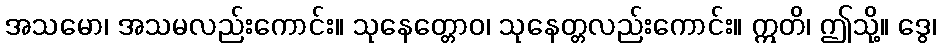
အသမော၊ အသမလည်းကောင်း။ သုနေတ္တောဝ၊ သုနေတ္တလည်းကောင်း။ ဣတိ၊ ဤသို့။ ဒွေ၊